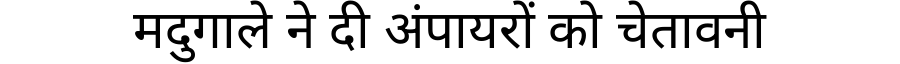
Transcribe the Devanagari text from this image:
मदुगाले ने दी अंपायरों को चेतावनी